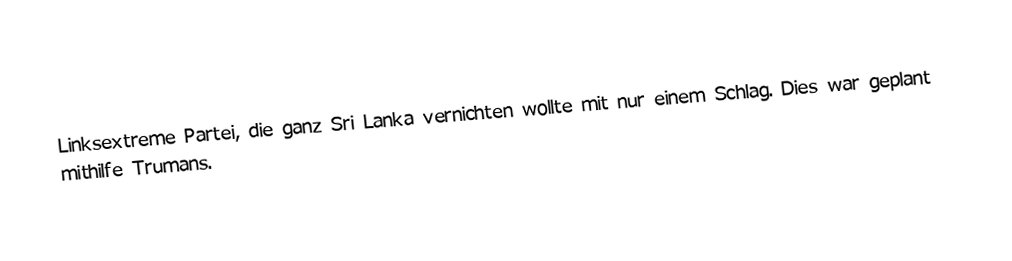
Linksextreme Partei, die ganz Sri Lanka vernichten wollte mit nur einem Schlag. Dies war geplant mithilfe Trumans.